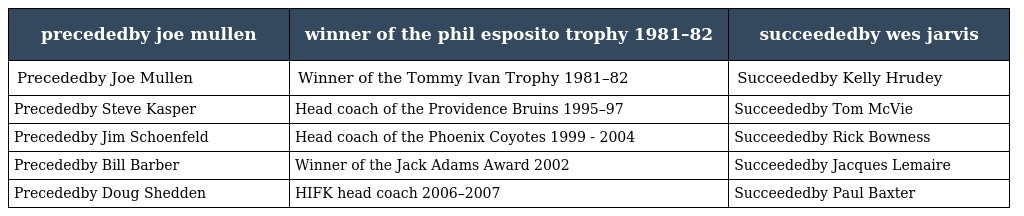
| precededby joe mullen | winner of the phil esposito trophy 1981–82 | succeededby wes jarvis |
 | --- | --- | --- |
 | Precededby Joe Mullen | Winner of the Tommy Ivan Trophy 1981–82 | Succeededby Kelly Hrudey |
 | Precededby Steve Kasper | Head coach of the Providence Bruins 1995–97 | Succeededby Tom McVie |
 | Precededby Jim Schoenfeld | Head coach of the Phoenix Coyotes 1999 - 2004 | Succeededby Rick Bowness |
 | Precededby Bill Barber | Winner of the Jack Adams Award 2002 | Succeededby Jacques Lemaire |
 | Precededby Doug Shedden | HIFK head coach 2006–2007 | Succeededby Paul Baxter |